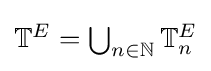
{\textstyle \mathbb {T} ^{E}=\bigcup _{n\in \mathbb {N} }\mathbb {T} _{n}^{E}}